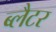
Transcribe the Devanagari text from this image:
ब्लैटर